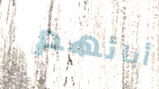
أبائهم